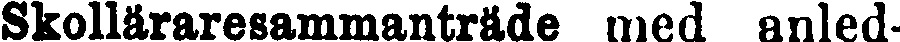
Skolläraresammanträde med anled-